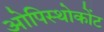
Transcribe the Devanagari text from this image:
ओपिस्थोकोंट